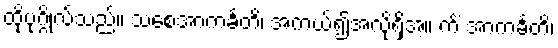
ထိုပုဂ္ဂိုလ်သည်။ သစေအာကင်္ခတိ၊ အကယ်၍အလိုရှိအံ့။ ကိံ အာကင်္ခတိ၊